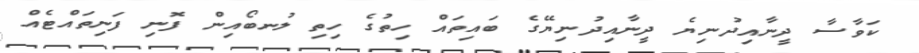
ކަވާސާ ދީނާއިދުނިޔެ ދީނާއިދުނިޔޭގެ ބައިތައް ހިތުގެ ހިތި ލުނބޯއިން ފޮނި ފަނިތައްޓެއް